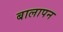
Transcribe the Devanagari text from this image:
बालापन